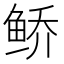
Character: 𱇩